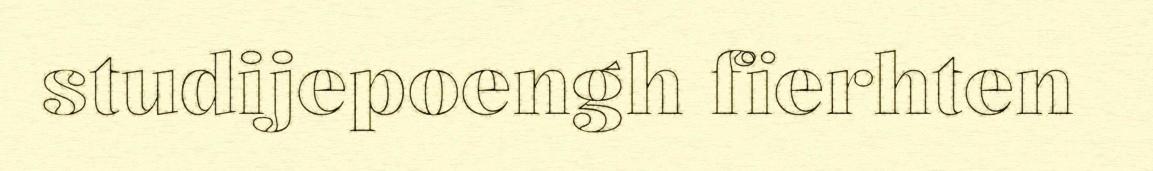
studijepoengh fïerhten